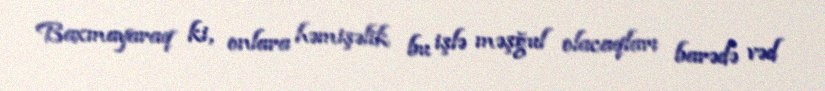
Baxmayaraq ki, onlara həmişəlik bu işlə məşğul olacaqları barədə vəd